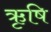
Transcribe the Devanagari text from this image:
ऋृषि